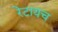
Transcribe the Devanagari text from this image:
रेटायच